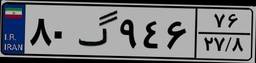
۴۹گ۷۱۶۰۸